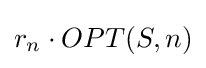
r_{n}\cdot OPT(S,n)